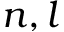
n , l